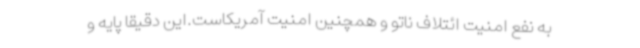
به نفع امنیت ائتلاف ناتو و همچنین امنیت آمریکاست.این دقیقا پایه و